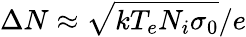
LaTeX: \Delta N\approx\sqrt{kT_{e}N_{i}\sigma_{0}}/e